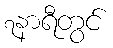
၇နာရီတွင်